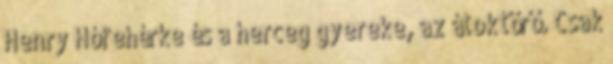
Henry Hófehérke és a herceg gyereke, az átoktörő. Csak